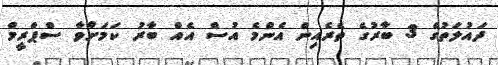
ދައުލަތުގެ 3 ބާރުގެ ތެރެއިން އެންމެ އުސް އެއް ބާރު ކަމަށްވާ ސްޕްރީމް